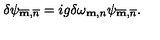
\delta \psi _ { \overline { { \bf m } } , \overline { { n } } } = i g \delta \omega _ { { \bf m } , n } \psi _ { \overline { { \bf m } } , \overline { { n } } } .